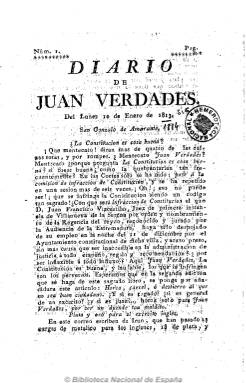
Título: Diario de Juan Verdades
Colección: Periódicos anteriores a 1850
Ámbito geográfico: Sevilla
Lugar de publicación: Sevilla
Fechas: 10/01/1813-03/04/1814

Periódico que sale durante los primeros meses de 1814 de la Imprenta del Setabiense, que no es otro que Nicolás Pérez Jiménez, polémico escritor nacido en Xátiva, que había llegado y adquirido en 1813 su establecimiento en Sevilla. De frecuencia diaria y en números de cuatro páginas, Checa Godoy señala que su principal redactor es Nicolás Tapia (Tap) Núñez de Rendón, otro polémico escritor, nacido en Morón de la Frontera, que había intervenido directamente en algunos episodios contra el ejército francés tanto en Cádiz como en la propia ciudad hispalense, al que se le conoce con los seudónimos de “Mirtilo Sicuritano” e “Incógnito”. Sin embargo, a partir del número 15, de 23 de enero, bajo la cabecera del diario aparece “Por el Setabiense”, lo que daría a entender que Pérez de Jiménez se haría cargo también de su redacción, sin embargo entre unas ediciones y otras no hay cambio en su estructura.

Comienza cada número con el santoral y generalmente le sigue la sección “Noticias nacionales y extranjeras”, de las que no se señala su procedencia o fuente, pero que están redactadas con excelente estilo a modo de breves crónicas y, por lo tanto, comentadas, y que se refieren a la guerra contra los ejércitos napoleónicos tanto en España como en Europa. Llega a publicar también algunas noticias locales (movimiento portuario, Real Alhóndiga, empleos, avisos, etc.). Y en los primeros números artículos de fondo de carácter político, mostrándose a lo largo de toda su vida abiertamente constitucionalista, en un momento en que la Regencia está preparando el regreso de Fernando VII.

Sin embargo, desde la imprenta del Setabiense habían salido los periódicos absolutistas de la ciudad hispalense, y tanto éste como Nicolás Tapia resultarán después fervientes anticonstitucionalistas. En la tercera serie de Temas sevillanos, de Aguilar Piñal, se recoge que el Setabense se había dejado comprar por el Intendente, según el propio Mirtilo Sicuritano.